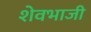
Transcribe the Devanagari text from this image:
शेवभाजी